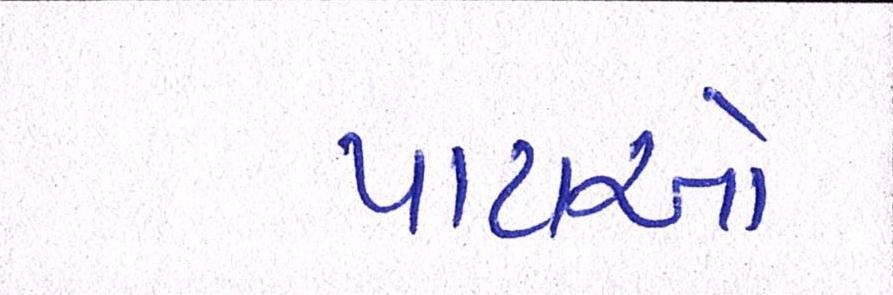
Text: પાટાઓ